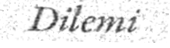
Dilemi